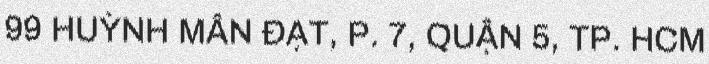
99 HUỲNH MẪN ĐẠT, P. 7, QUẬN 5, TP. HCM